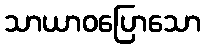
သာယာဝပြောသော